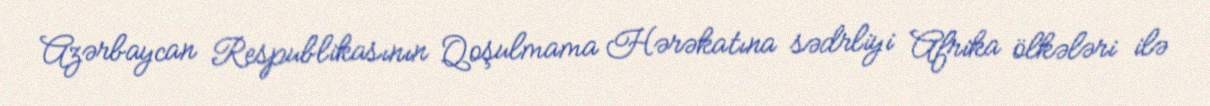
Azərbaycan Respublikasının Qoşulmama Hərəkatına sədrliyi Afrika ölkələri ilə